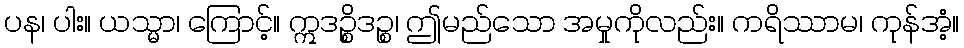
ပန၊ ပါး။ ယသ္မာ၊ ကြောင့်။ ဣဒဉ္စိဒဉ္စ၊ ဤမည်သော အမှုကိုလည်း။ ကရိဿာမ၊ ကုန်အံ့။